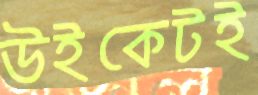
উইকেটই